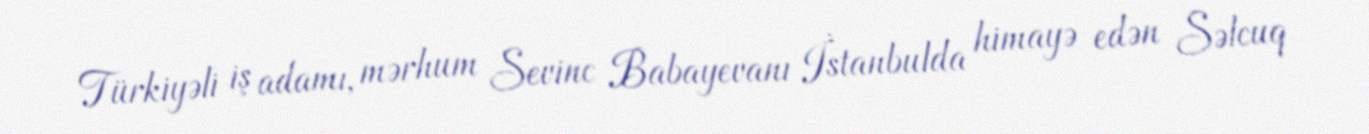
Türkiyəli iş adamı, mərhum Sevinc Babayevanı İstanbulda himayə edən Səlcuq